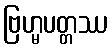
ဗြဟ္မပတ္တဿ